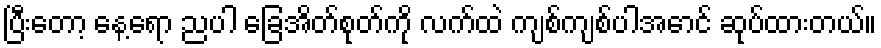
ပြီးတော့ နေ့ရော ညပါ ခြေအိတ်စုတ်ကို လက်ထဲ ကျစ်ကျစ်ပါအောင် ဆုပ်ထားတယ်။